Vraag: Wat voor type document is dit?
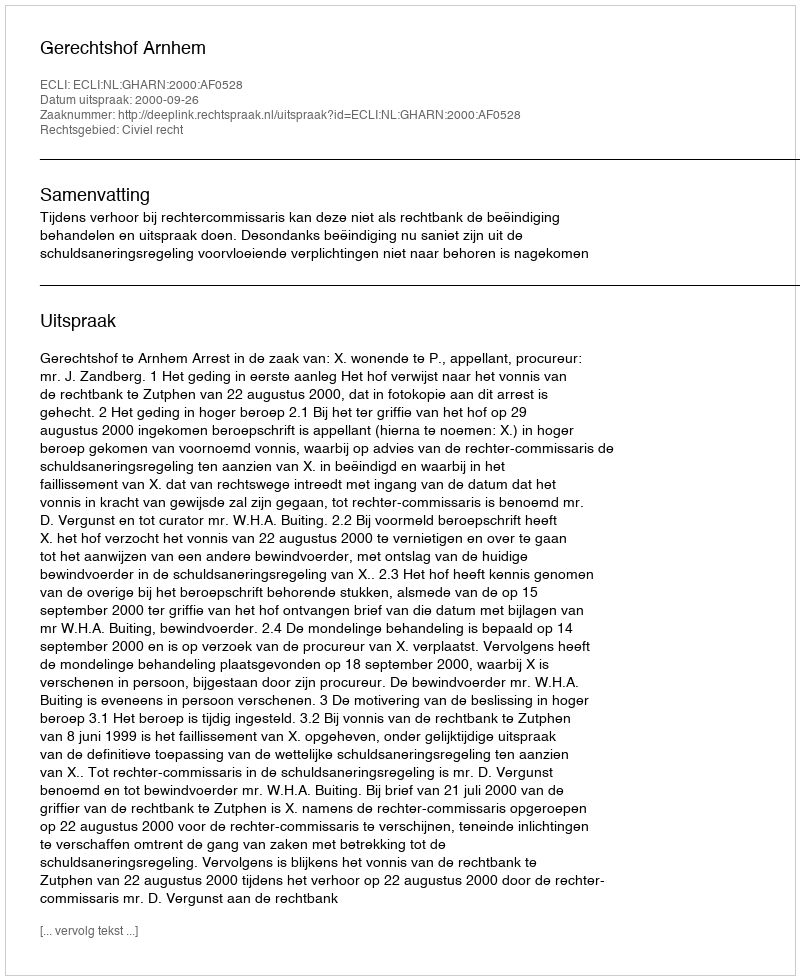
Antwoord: Uitspraak